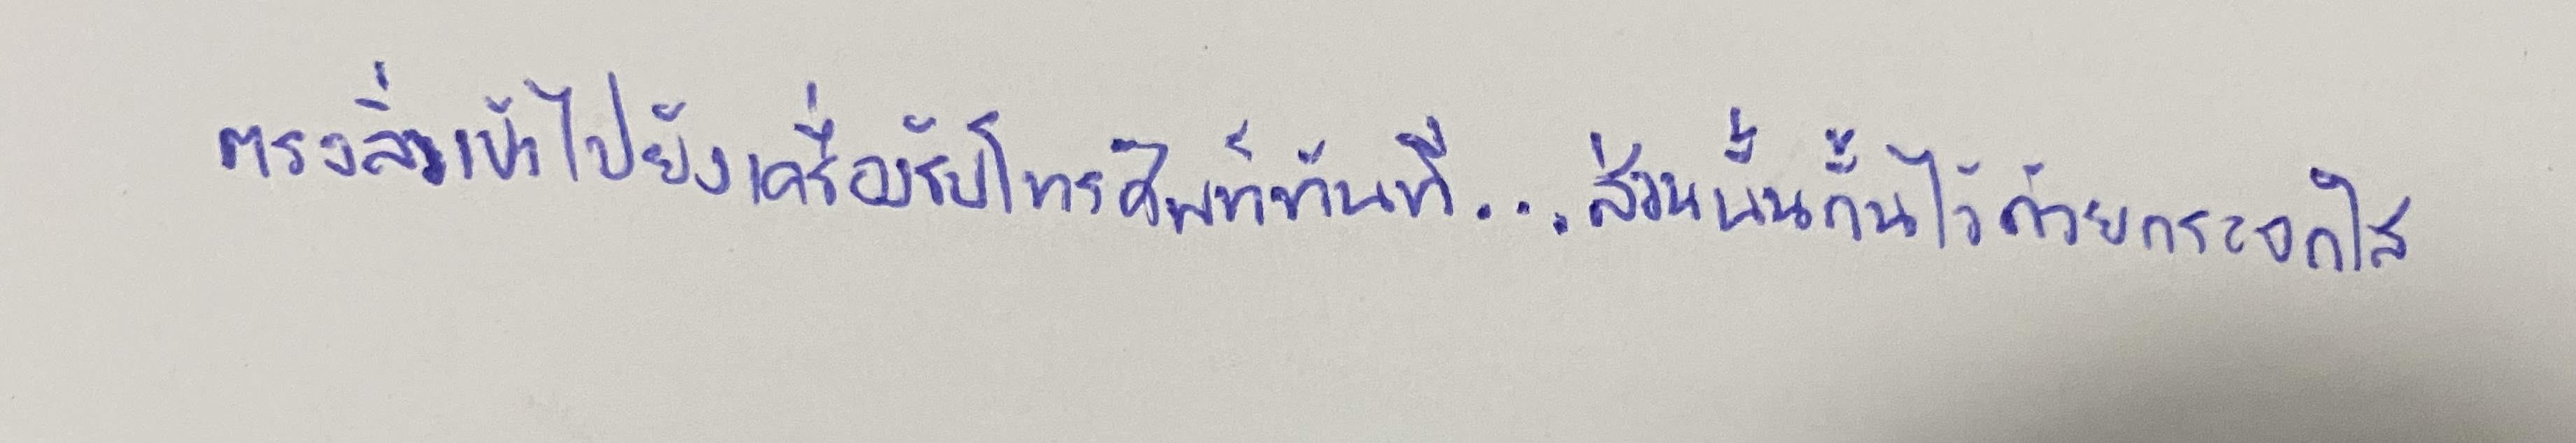
ตรงลิ่วเข้าไปยังเครื่องรับโทรศัพท์ทันที...ส่วนนั้นกั้นไว้ด้วยกระจกใส